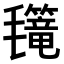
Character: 𣰳